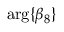
\mathrm { a r g } \{ \beta _ { 8 } \}